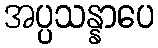
အပ္ပသန္နာပေ